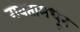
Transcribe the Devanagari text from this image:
गवतामधून